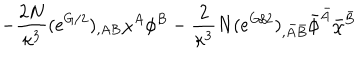
LaTeX: - \frac { 2 N } { \kappa ^ { 3 } } ( e ^ { G / 2 } ) _ { , A B } \chi ^ { A } \phi ^ { B } - \frac { 2 } { \kappa ^ { 3 } } N ( e ^ { G / 2 } ) _ { , \bar { A } \bar { B } } \bar { \phi } ^ { \bar { A } } \bar { \chi } ^ { \bar { B } }